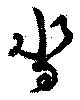
沓